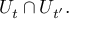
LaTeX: U _ { t } \cap U _ { t ^ { \prime } } .